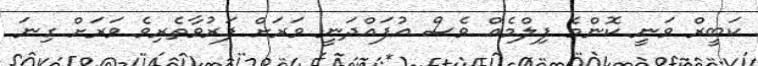
ކަބީރް ވަނީ ކޮންމެ ފިލްމެއް ވެސް އުފައްދަނީ ވަރަށް ފަރުވާތެރިވެ ވަރަށް ގިނަ